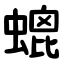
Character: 螕